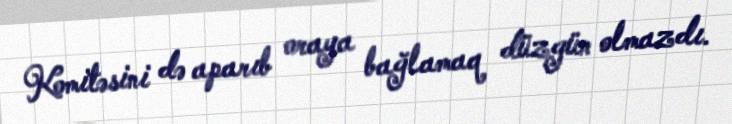
Komitəsini də aparıb oraya bağlamaq düzgün olmazdı.